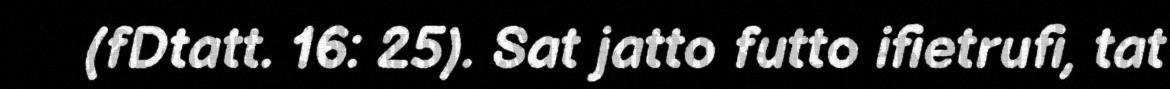
(fDtatt. 16: 25). Sat jatto futto ifietrufi, tat